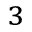
_ 3